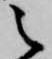
之